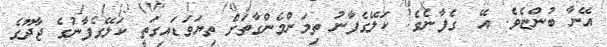
އޭނާ ބުންޏެވެ. އޭ  ގެފާނެވެ! ކަލޭގެފާނު ތިމަންމެންގާތަށް ތިޔަވަޑައިގަތީ ކަލޭގެފާނުގެ ޖާދޫގެ